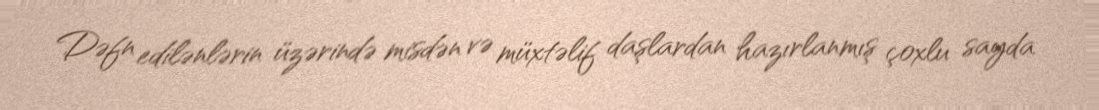
Dəfn edilənlərin üzərində misdən və müxtəlif daşlardan hazırlanmış çoxlu sayda